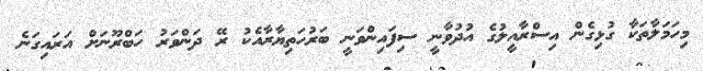
މިހަމަލާތަކާ ގުޅިގެން އިސްރާއީލުގެ އުދުވާނީ ސިފައިންވަނީ ބަރުހަތިޔާރާއެކު ރޭ ދަންވަރު ހަބްރޫނަށް އަރައިގަނެ